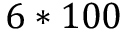
6 * 1 0 0